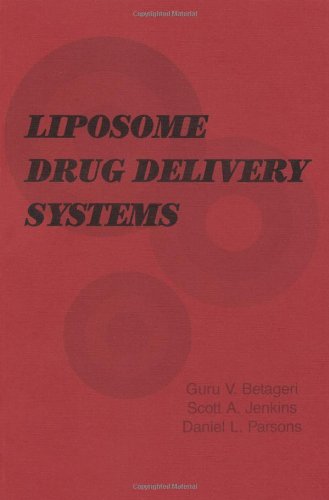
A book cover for Liposome Drug Delivery Systems; Guru V. Betageri; Medical Books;